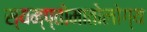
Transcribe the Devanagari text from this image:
स्यम्प्तोमातोलोग्य